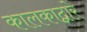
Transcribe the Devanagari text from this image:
कालकाद्वारे